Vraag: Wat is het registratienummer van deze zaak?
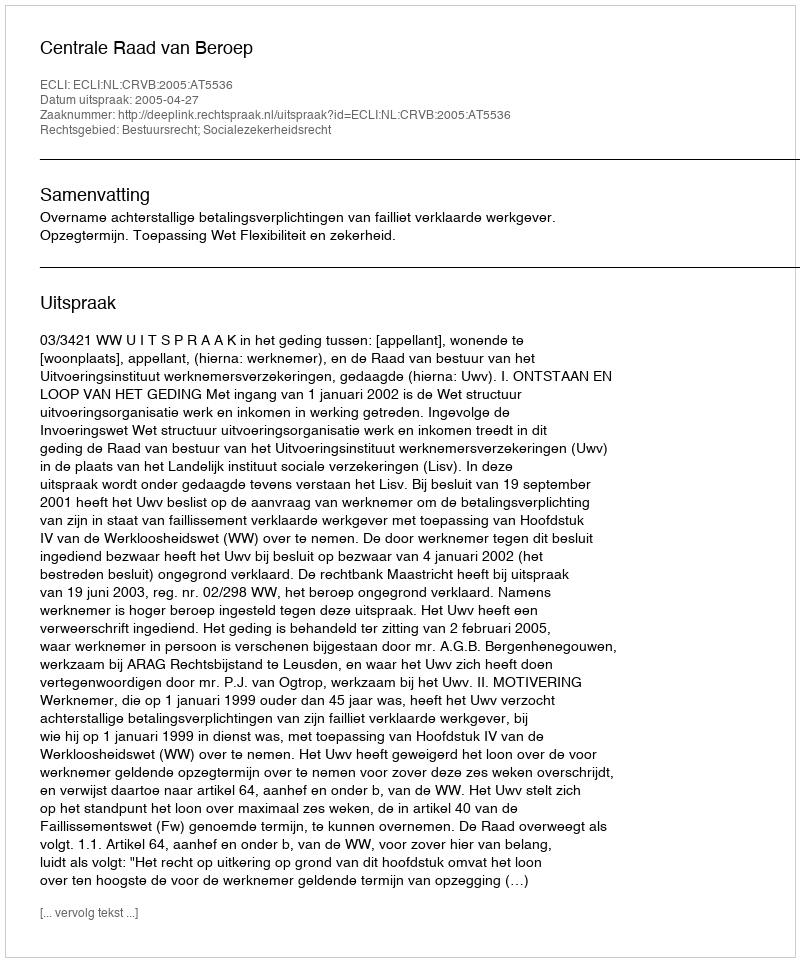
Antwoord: http://deeplink.rechtspraak.nl/uitspraak?id=ECLI:NL:CRVB:2005:AT5536